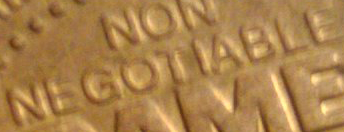
NEGOTIABLE